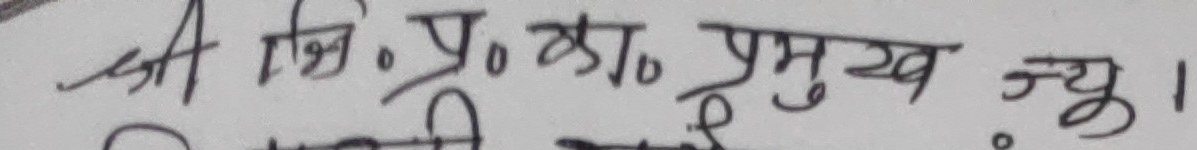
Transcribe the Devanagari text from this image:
श्री भि. प्र. का प्रमुख न्यु !